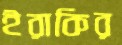
ইরাকির